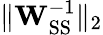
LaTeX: \lVert\mathbf{W}_{\mathrm{SS}}^{-1}\rVert_{2}